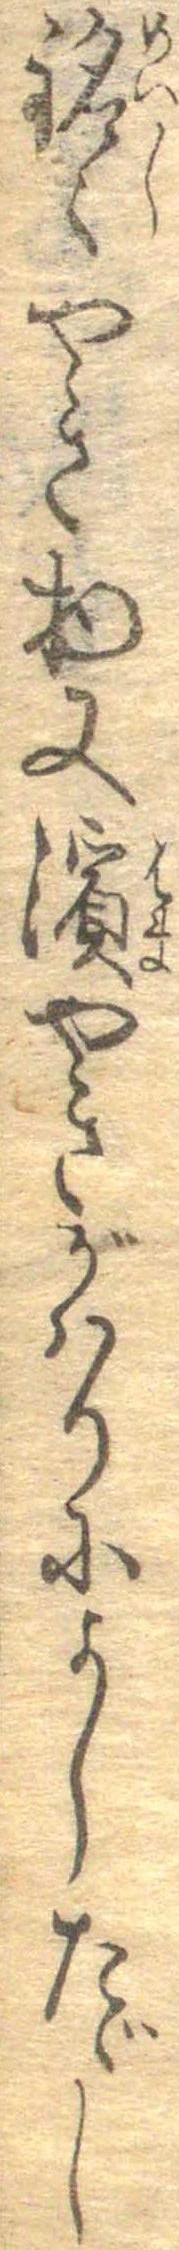
銘々やき物又浜やきがはりによしたゞし